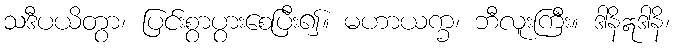
သဒီပယိတွာ၊ ပြင်းစွာပွားစေပြီး၍။ မဟာယက္ခ၊ ဘီလူးကြီး။ ဒါနိဣဒါနိ၊